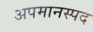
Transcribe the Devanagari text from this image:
अपमानस्पद